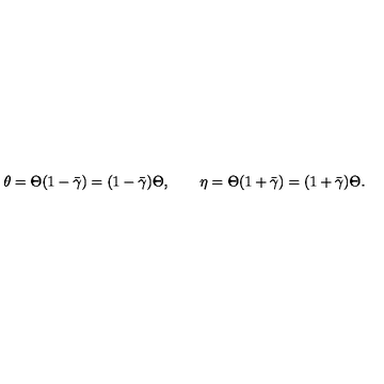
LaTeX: \theta = \Theta ( 1 - \bar { \gamma } ) = ( 1 - \bar { \gamma } ) \Theta , \qquad \eta = \Theta ( 1 + \bar { \gamma } ) = ( 1 + \bar { \gamma } ) \Theta .